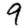
Digit: 9